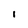
Character: I